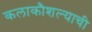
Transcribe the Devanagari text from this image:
कलाकौशल्याची